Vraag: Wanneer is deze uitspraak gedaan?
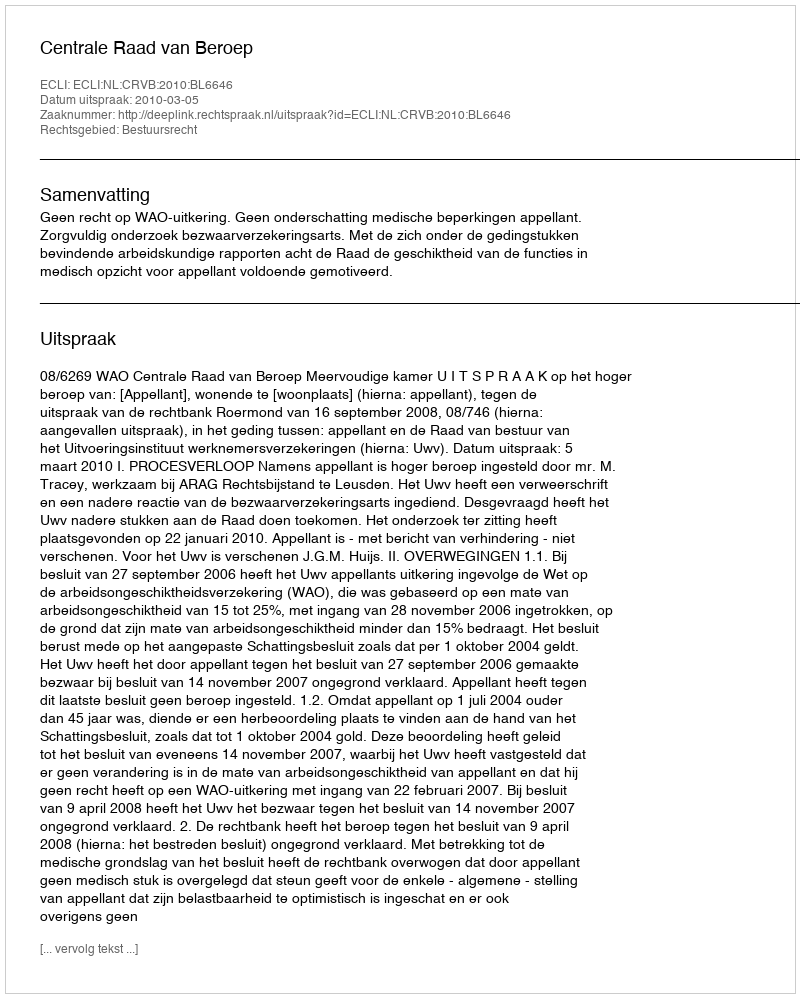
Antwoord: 2010-03-05